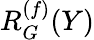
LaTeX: R_{G}^{(f)}(Y)